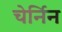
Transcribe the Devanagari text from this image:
चेर्निन